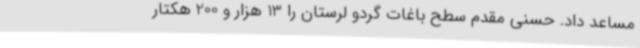
مساعد داد. حسنی مقدم سطح باغات گردو لرستان را 13 هزار و 200 هکتار